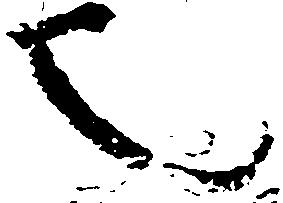
也